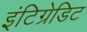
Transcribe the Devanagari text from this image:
इंटिग्रेडिट